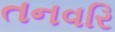
તનવરિ